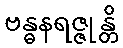
ဗန္ဓနရဇ္ဇုန္တိ